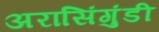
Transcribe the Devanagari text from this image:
अरासिंगुंडी